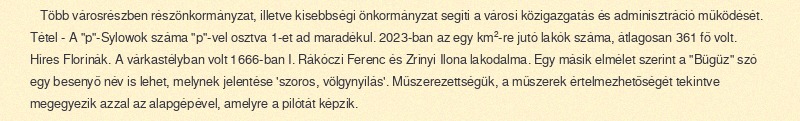
Több városrészben részönkormányzat, illetve kisebbségi önkormányzat segíti a városi közigazgatás és adminisztráció működését. Tétel - A "p"-Sylowok száma "p"-vel osztva 1-et ad maradékul. 2023-ban az egy km²-re jutó lakók száma, átlagosan 361 fő volt. Híres Florinák. A várkastélyban volt 1666-ban I. Rákóczi Ferenc és Zrínyi Ilona lakodalma. Egy másik elmélet szerint a "Bügüz" szó egy besenyő név is lehet, melynek jelentése 'szoros, völgynyílás'. Műszerezettségük, a műszerek értelmezhetőségét tekintve megegyezik azzal az alapgépével, amelyre a pilótát képzik.